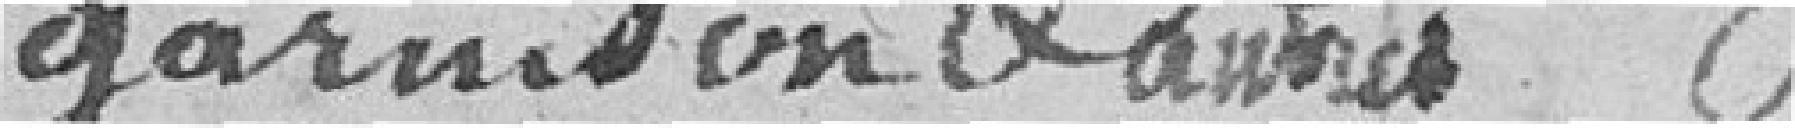
garnison